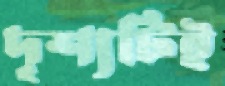
দৃশ্যটিই